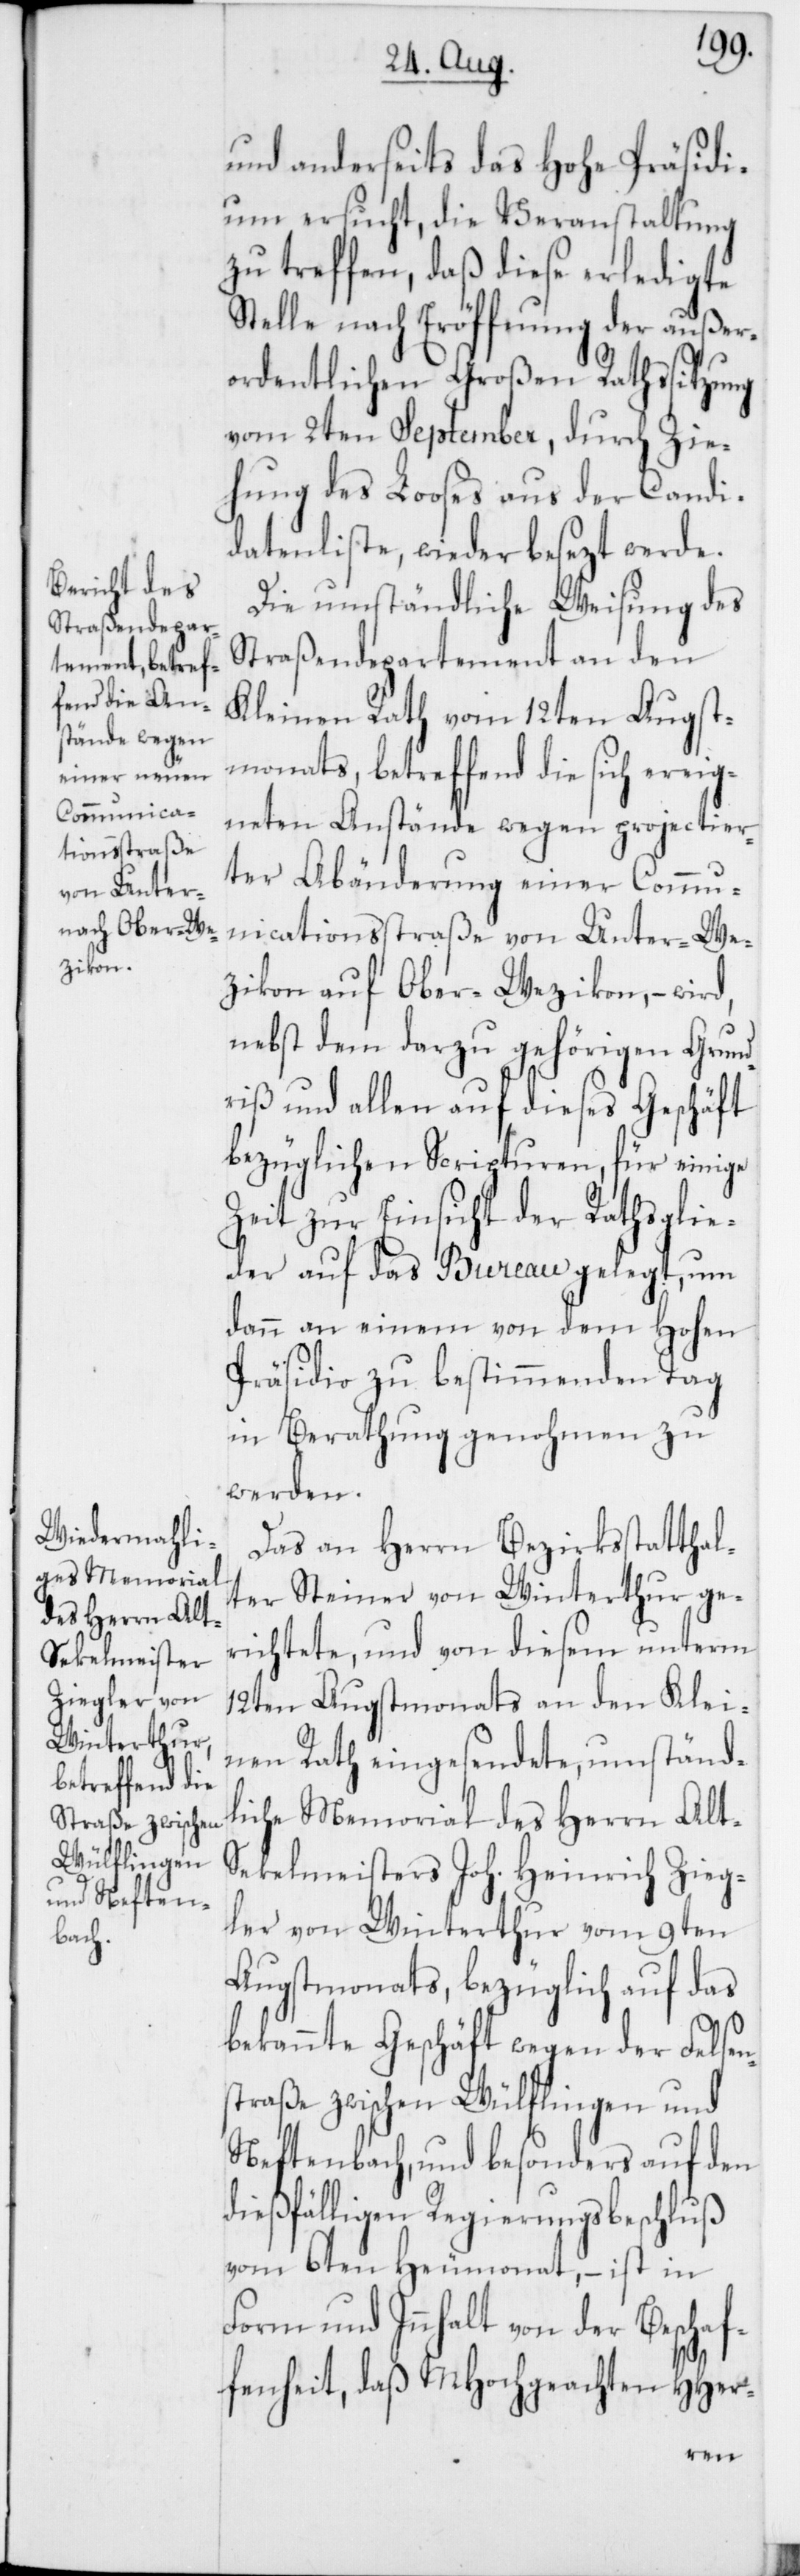
und anderseits das Hohe Präsidi¬
um ersucht, die Veranstaltung
zu treffen, daß diese erledigte
Stelle nach Eröffnung der außer¬
ordentlichen Großen-Rathssitzung
vom 2ten September, durch Zie¬
hung des Looses aus der Candi¬
datenliste, wieder besezt werde.
Die umständliche Weisung des
Straßendepartement an den
Kleinen Rath vom 12ten Augst¬
monats, betreffend die sich ereig¬
neten Anstände wegen projectier¬
ter Abänderung einer Commu¬
nicationsstraße von Unter-We¬
tzikon auf Ober-Wetzikon, – wird,
nebst dem darzu gehörigen Grund¬
riß und allen auf dieses Geschäft
bezüglichen Scripturen, für einige
Zeit zur Einsicht der Rathsglie¬
der auf das Bureau gelegt, um
dann an einem von dem Hohen
Präsidio zu bestimmenden Tag
in Berathung genohmen zu
werden.
Das an Herrn Bezirksstatthal¬
ter Steiner von Winterthur ge¬
richtete, und von diesem unterm
12ten Augstmonats an den Klei¬
nen Rath eingesendete, umständ¬
liche Memorial des Herrn Alt-S¬
ekelmeisters Joh. Heinrich Zieg¬
ler von Winterthur vom 9ten
Augstmonats, bezüglich auf das
bekannte Geschäft wegen der Felsen¬
straße zwischen Wülflingen und
Neftenbach, und besonders auf den
dießfälligen Regierungsbeschluß
vom 6ten Heumonat, – ist in
Form und Inhalt von der Beschaf¬
fenheit, daß MHochgeachten HHer-